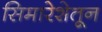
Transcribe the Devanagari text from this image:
सिमारेशेतून